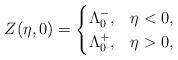
LaTeX: \begin{align*} Z(\eta,0) = \begin{cases} \Lambda^-_0, & \eta<0, \\ \Lambda^+_0, & \eta > 0, \end{cases} \end{align*}